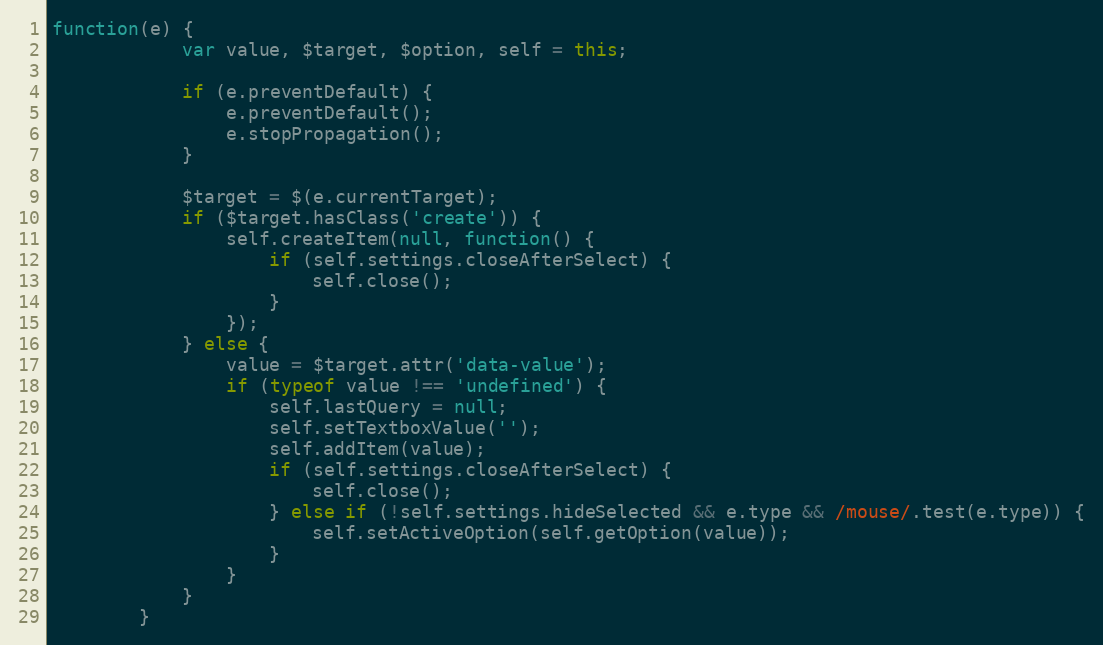
Language: JavaScript
function(e) {
			var value, $target, $option, self = this;

			if (e.preventDefault) {
				e.preventDefault();
				e.stopPropagation();
			}

			$target = $(e.currentTarget);
			if ($target.hasClass('create')) {
				self.createItem(null, function() {
					if (self.settings.closeAfterSelect) {
						self.close();
					}
				});
			} else {
				value = $target.attr('data-value');
				if (typeof value !== 'undefined') {
					self.lastQuery = null;
					self.setTextboxValue('');
					self.addItem(value);
					if (self.settings.closeAfterSelect) {
						self.close();
					} else if (!self.settings.hideSelected && e.type && /mouse/.test(e.type)) {
						self.setActiveOption(self.getOption(value));
					}
				}
			}
		}